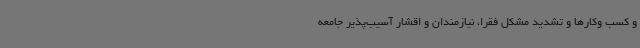
و کسب‌ وکارها و تشدید مشکل فقرا، نیازمندان و اقشار آسیب‌پذیر جامعه